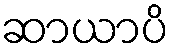
ဆာယာပိ